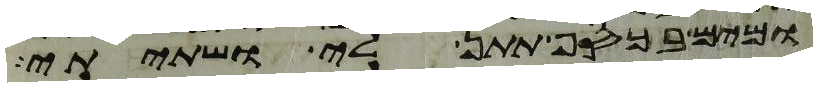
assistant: ומים בכסף תתן לי ושתיתי